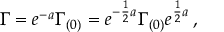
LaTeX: \Gamma = e ^ { - a } \Gamma _ { ( 0 ) } = e ^ { - { \frac { 1 } { 2 } } a } \Gamma _ { ( 0 ) } e ^ { { \frac { 1 } { 2 } } a } \, ,